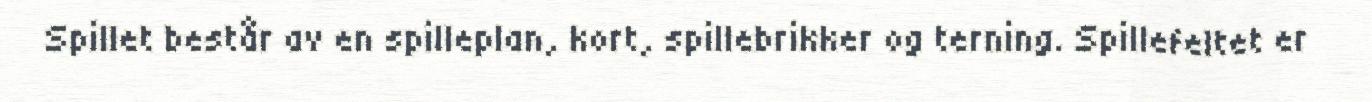
Spillet består av en spilleplan, kort, spillebrikker og terning. Spillefeltet er